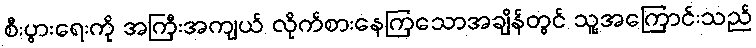
စီးပွားရေးကို အကြီးအကျယ် လိုက်စားနေကြသောအချိန်တွင် သူ့အကြောင်းသည်